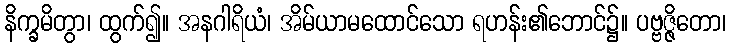
နိက္ခမိတွာ၊ ထွက်၍။ အနဂါရိယံ၊ အိမ်ယာမထောင်သော ရဟန်း၏ဘောင်၌။ ပဗ္ဗဇ္ဇိတော၊